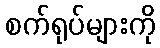
စက်ရုပ်များကို